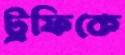
ট্রফিকে